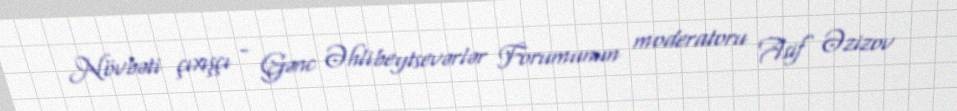
Növbəti çıxışçı - Gənc Əhlibeytsevərlər Forumunun moderatoru Asif Əzizov